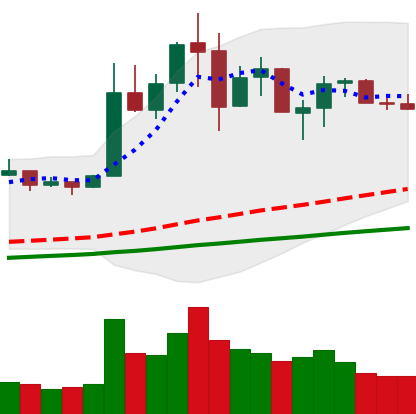
Ticker: NEO-USD
Chart end date: 2019-07-06
Forward return: -13.136%
Label: down_7plus